Leningradi_Edasi_toimetus, lk 20
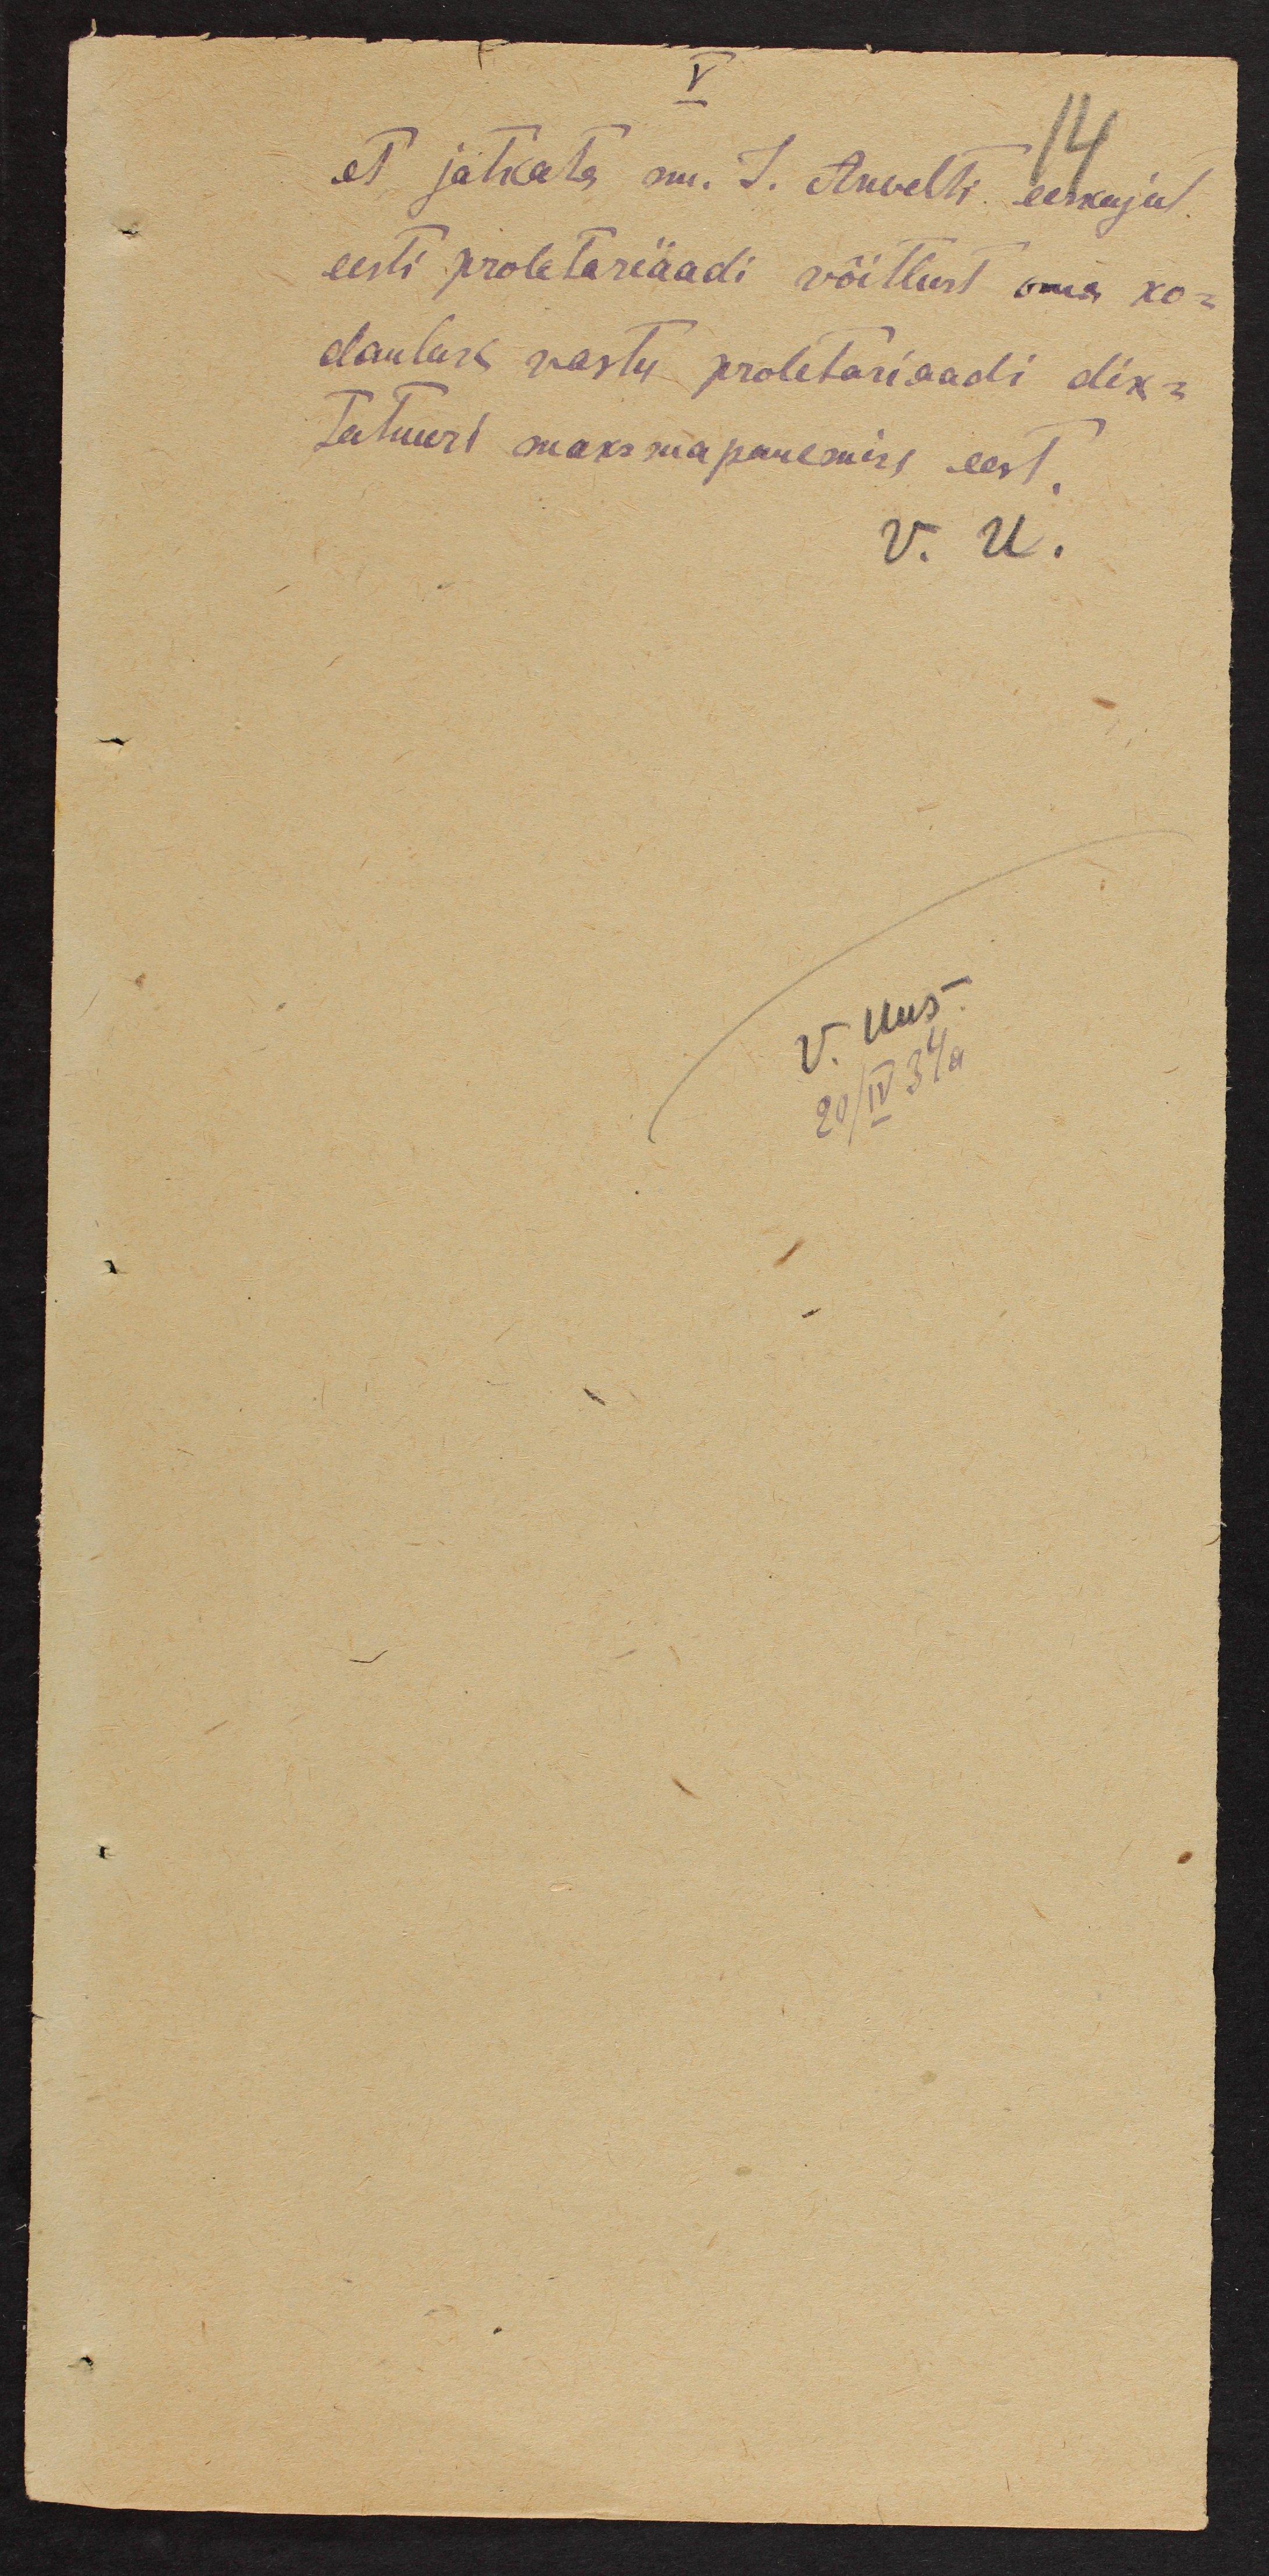
et jätkata sm. J. Anvelti eeskujul
eesti proletariaadi võitlust oma ko-
danlase vastu proletariaadi dik-
tatuuri maksmapanemise eest.
V. U.

V. Uus
20/IV 37a